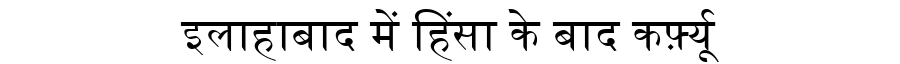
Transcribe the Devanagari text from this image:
इलाहाबाद में हिंसा के बाद कर्फ़्यू